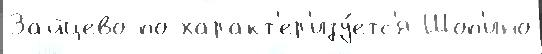
Зайцево по характ'ер'изу́етс'я Шоп'ино